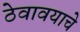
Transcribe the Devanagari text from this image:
ठेवावयाचे